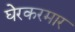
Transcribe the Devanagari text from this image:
घेरकरमार